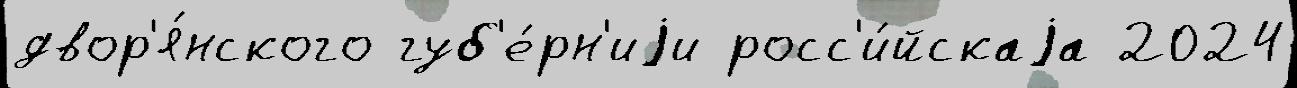
двор'я́нского губ'е́рн'иjи росс'и́йскаjа 2024